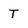
Character: T